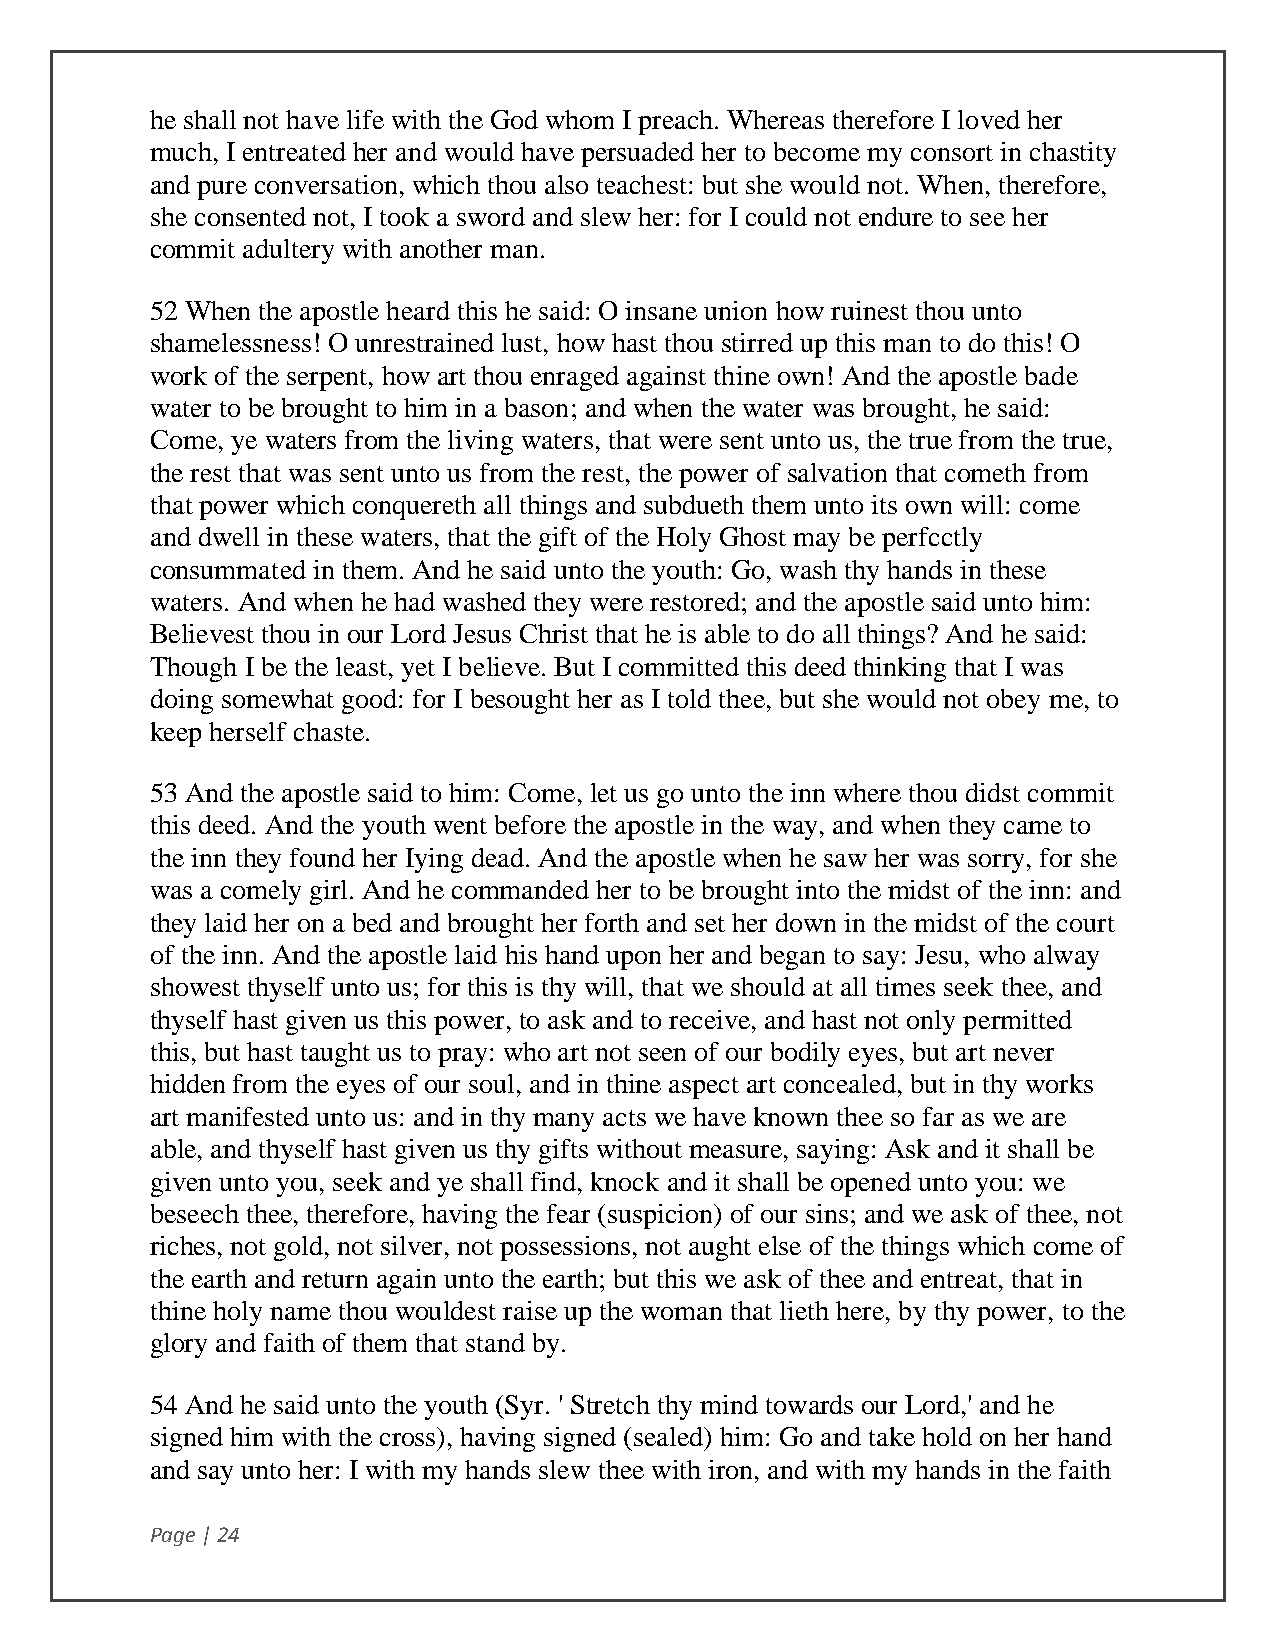
he shall not have life with the God whom I preach. Whereas therefore I loved her
 much, I entreated her and would have persuaded her to become my consort in chastity
 and pure conversation, which thou also teachest: but she would not. When, therefore,
 she consented not, I took a sword and slew her: for I could not endure to see her
 commit adultery with another man.
 52 When the apostle heard this he said: O insane union how ruinest thou unto
 shamelessness! O unrestrained lust, how hast thou stirred up this man to do this! O
 work of the serpent, how art thou enraged against thine own! And the apostle bade
 water to be brought to him in a bason; and when the water was brought, he said:
 Come, ye waters from the living waters, that were sent unto us, the true from the true,
 the rest that was sent unto us from the rest, the power of salvation that cometh from
 that power which conquereth all things and subdueth them unto its own will: come
 and dwell in these waters, that the gift of the Holy Ghost may be perfcctly
 consummated in them. And he said unto the youth: Go, wash thy hands in these
 waters. And when he had washed they were restored; and the apostle said unto him:
 Believest thou in our Lord Jesus Christ that he is able to do all things? And he said:
 Though I be the least, yet I believe. But I committed this deed thinking that I was
 doing somewhat good: for I besought her as I told thee, but she would not obey me, to
 keep herself chaste.
 53 And the apostle said to him: Come, let us go unto the inn where thou didst commit
 this deed. And the youth went before the apostle in the way, and when they came to
 the inn they found her Iying dead. And the apostle when he saw her was sorry, for she
 was a comely girl. And he commanded her to be brought into the midst of the inn: and
 they laid her on a bed and brought her forth and set her down in the midst of the court
 of the inn. And the apostle laid his hand upon her and began to say: Jesu, who alway
 showest thyself unto us; for this is thy will, that we should at all times seek thee, and
 thyself hast given us this power, to ask and to receive, and hast not only permitted
 this, but hast taught us to pray: who art not seen of our bodily eyes, but art never
 hidden from the eyes of our soul, and in thine aspect art concealed, but in thy works
 art manifested unto us: and in thy many acts we have known thee so far as we are
 able, and thyself hast given us thy gifts without measure, saying: Ask and it shall be
 given unto you, seek and ye shall find, knock and it shall be opened unto you: we
 beseech thee, therefore, having the fear (suspicion) of our sins; and we ask of thee, not
 riches, not gold, not silver, not possessions, not aught else of the things which come of
 the earth and return again unto the earth; but this we ask of thee and entreat, that in
 thine holy name thou wouldest raise up the woman that lieth here, by thy power, to the
 glory and faith of them that stand by.
 54 And he said unto the youth (Syr. ' Stretch thy mind towards our Lord,' and he
 signed him with the cross), having signed (sealed) him: Go and take hold on her hand
 and say unto her: I with my hands slew thee with iron, and with my hands in the faith
 Page | 24